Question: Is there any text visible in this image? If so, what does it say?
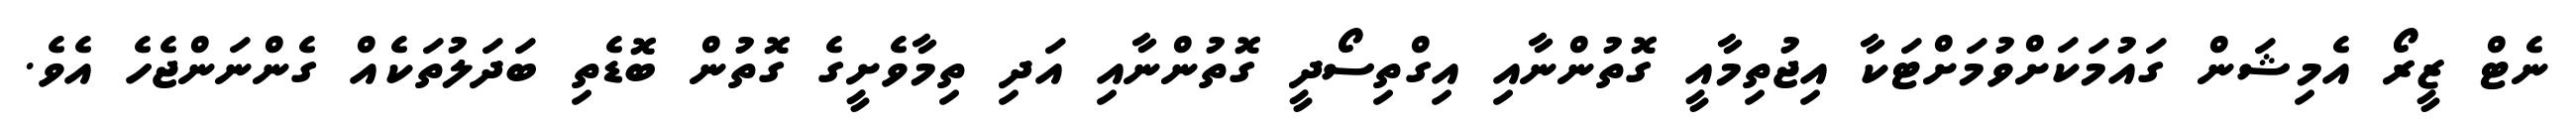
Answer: ނެޓް ޒީރޯ އެމިޝަން ގައުމަކަށްވުމަށްޓަކާ އިޖުތިމާއީ ގޮތުންނާއި އިގްތިސޯދީ ގޮތުންނާއި އަދި ތިމާވެށީގެ ގޮތުން ބޮޑެތި ބަދަލުތަކެއް ގެންނަންޖެހެ އެވެ.